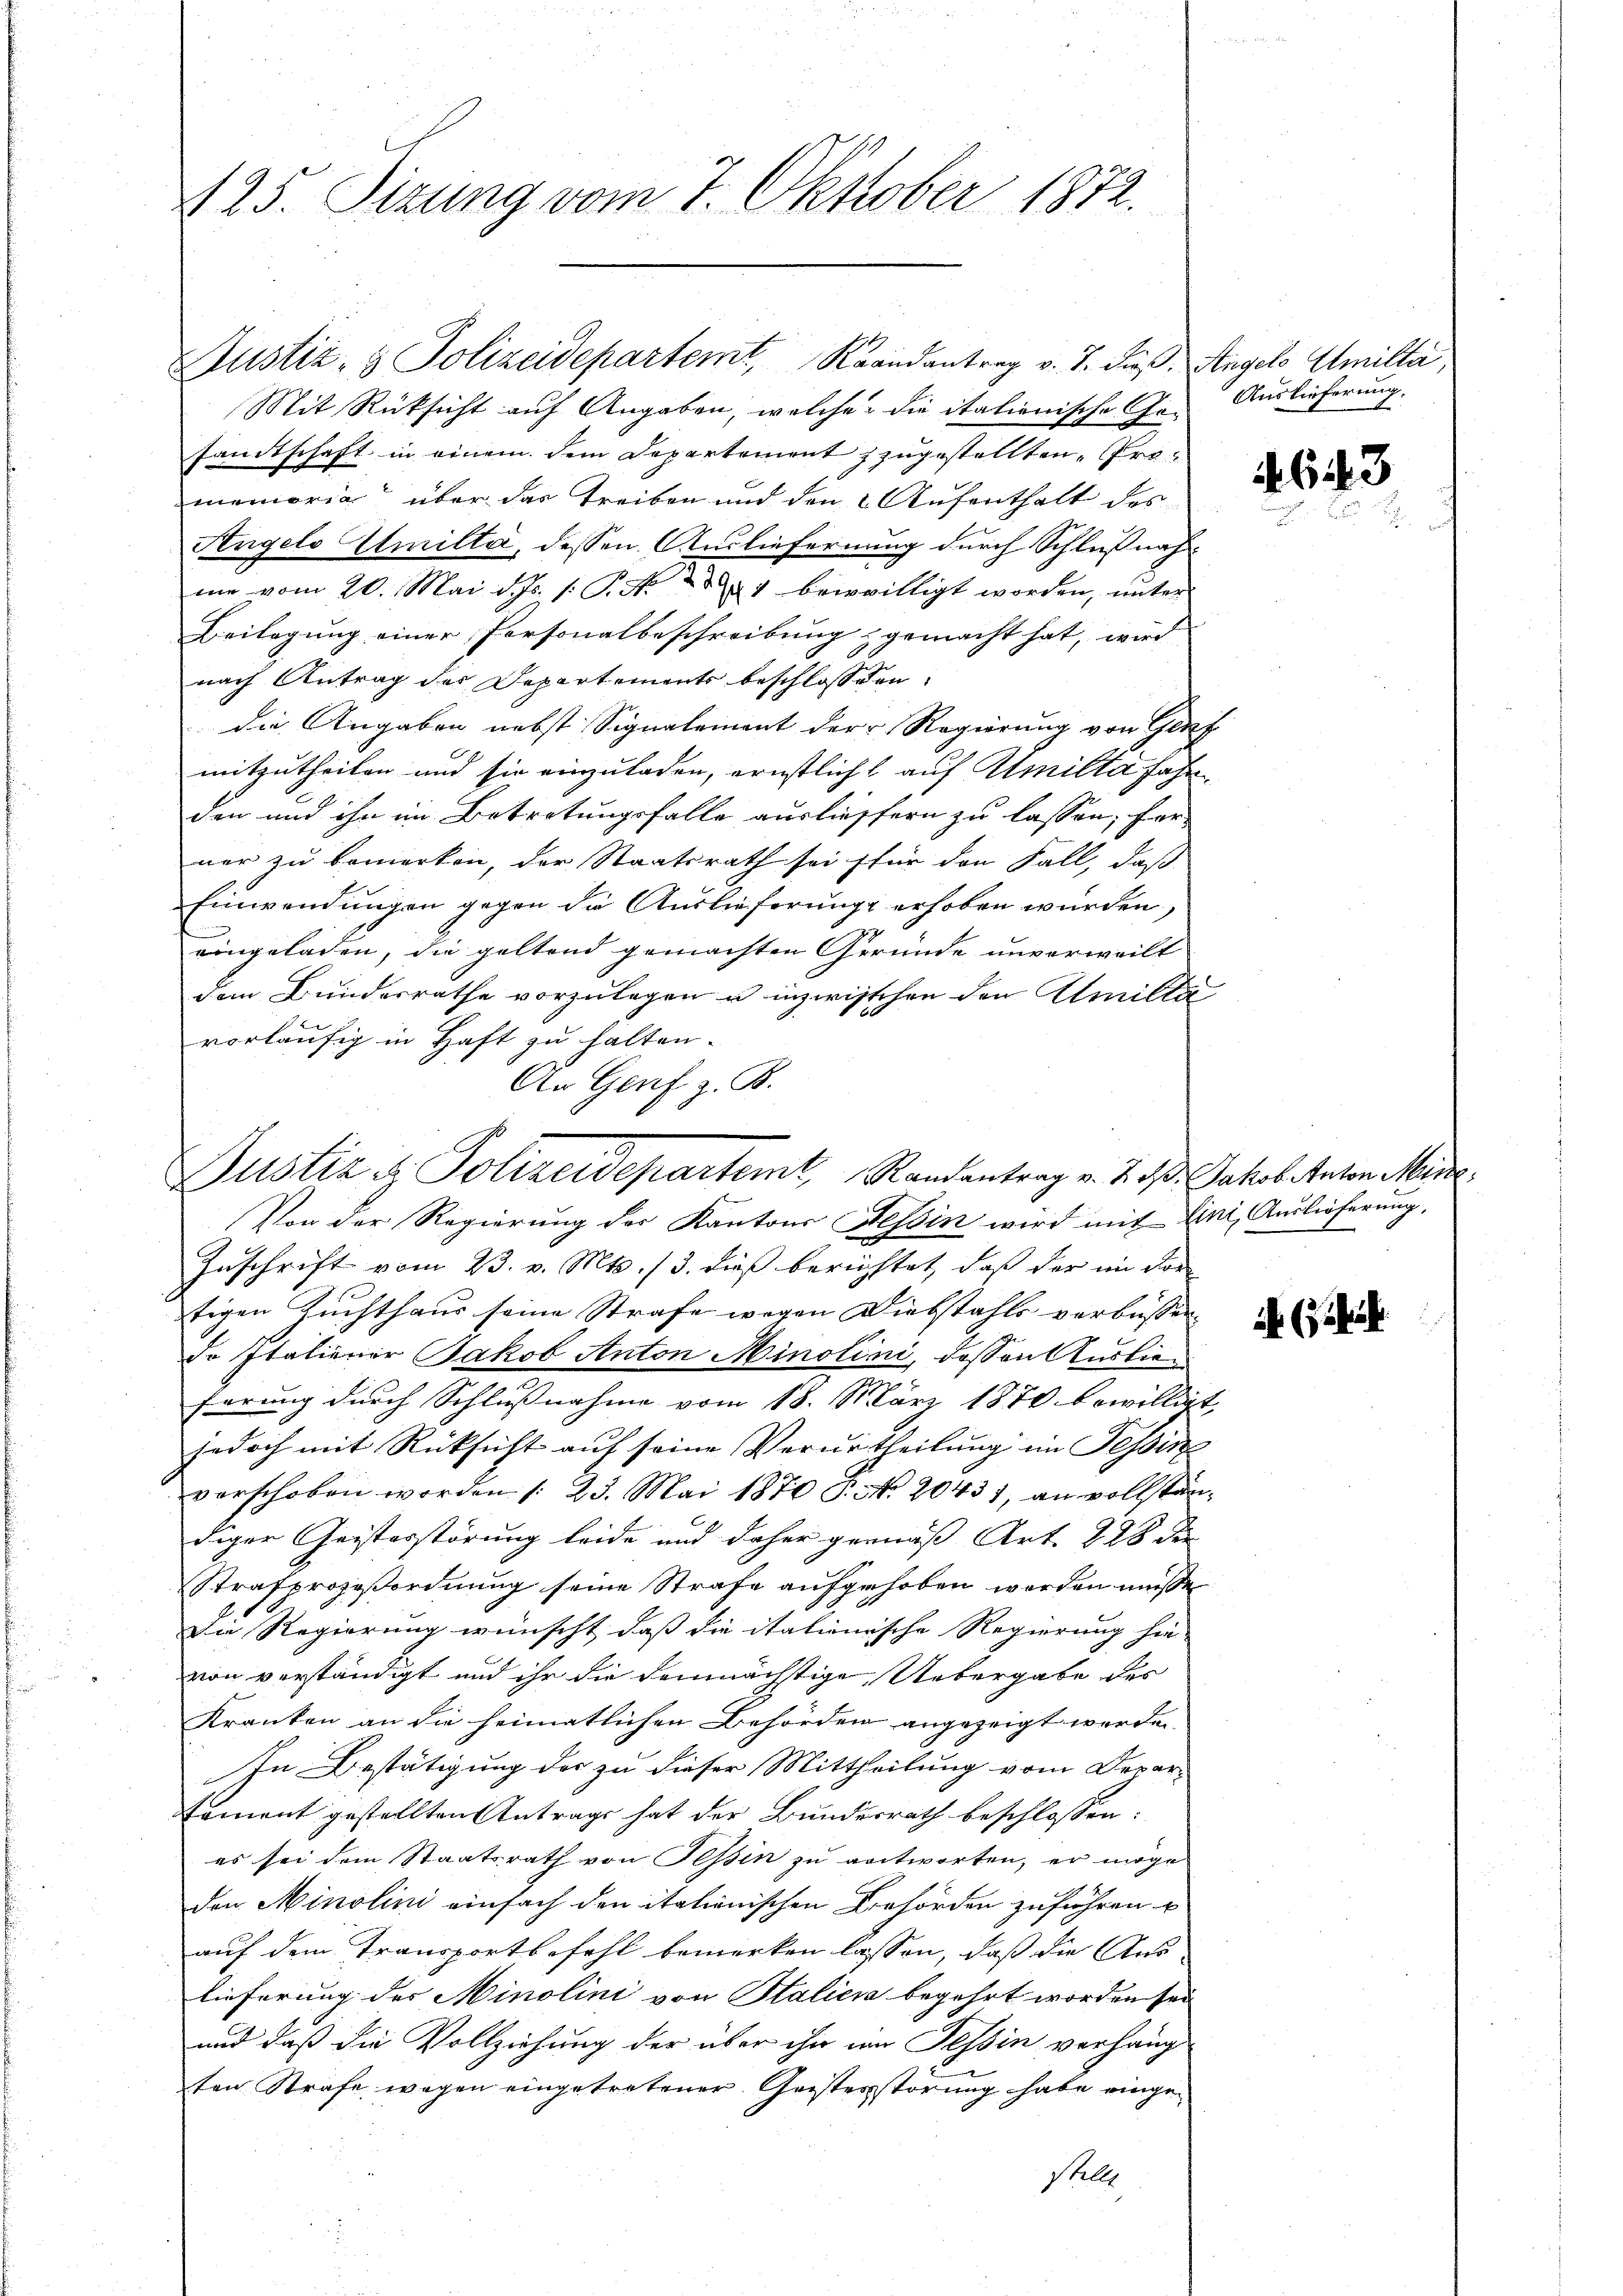
125. Sizung vom 7. Oktober 1872.

Justiz- & Polizeidepartemt, Krandantrag v. J. dieß. Angels Amilta,

Mit Rücksicht auf Angaben, welche die italienische Ge- Auslieferung.
sandtschaft in einem dem Departement zugestellten Prämemoria über das Treiben und den Aufenthalt des
Angels Emilta, dessen Ausliefernung durch Schlußnahme vom 20. Mai d. Js. s: P. Nr. 1 beirwilligt worden, unter
Beilagung einer Personalbeschreibung gemacht hat, wird
nach Antrag der Departements beschlossen:
die Angaben nebst Signalement der Regierung von Genf
mitzutheilen und sie einzuladen, ernstlicht auf Amilta fahr
den und ihn im Betretungsfalle ausliessern zu lassen, für
ner zu bemerken, der Staatsrath sei für den Fall, daß
Einwendungen gegen die Auslieferungs erhoben würden,
eingeladen, die geltend gemachten Gründe unverweilt
dem Bundesrathe vorzulegen u inzwischen den Amiltävorläufig in Haft zu halten.
An Genf z. B.
Von der Regierung der Kantons Tessin wird mit Eini, Auslieferung,
Zuschrift vom 23. v. Mts. 13. dieß berichtet, daß der im vor
tigen Zuchthaus seine Strafe wegen Diebstahls verbüssen
do Italiener Jakob Anton Minolini, dessen Auslieferung durch Schlußnahme vom 18. März 1870 bewilligt,
jedoch mit Rücksicht auf seine Verurtheilung im Tessin
verschoben worden /: 23. Mai 1870 P. N. 20431, an vollständiger Geisterstörung leide und daher gemäß Art. 228 der
Strafprozeßordnung seine Strafe aufgehoben worden müsse,
Die Regierung wünscht, daß die itationische Regierung hie-
von verständigt und ihr die demnächstige Uebergabe des
Kranken an die heimatlichen Behörden angezeigt werden.
In Bestätigung des zu dieser Mittheilung vom Depar-
Coment gestellten Antrags hat der Bundesrath beschlossen:
es sei dem Staatsrath von Tessin zu antworten, er möge
den Minolini einfach den italienischen Behörden zuführen u
auf dem Transportbefehl bemerken lassen, daß die Aus-
lieferung des Minolini von Stalici begehrt worden sei
und daß die Vollziehung der über ihn im Tessin verhäng
ten Strafe wegen eingetretener Geisterstörung habe einge¬
Stelle

Justiz & Polizeidepartemt, Randantrag v. 2. 3. Jakobitaten Mine

4643